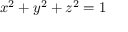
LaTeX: x ^ { 2 } + y ^ { 2 } + z ^ { 2 } = 1